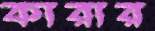
কারার